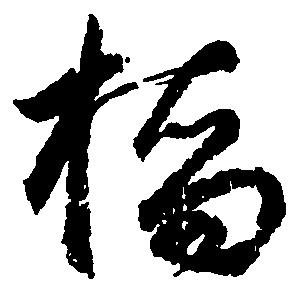
橋